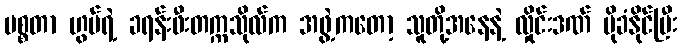
မစ္စတာ ဟွမ်ရဲ့ ခရန်းဖီးတက္ကသိုလ်က အဖွဲ့ကတော့ သူတို့အနေနဲ့ လှိုင်းဒဏ် ပိုခံနိုင်ပြီး